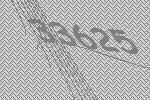
33625